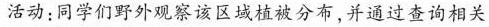
活动：同学们野外观察该区域植被分布，并通过查询相关